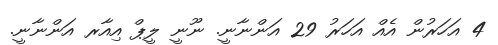
4 އަހަރުން އެއް އަހަރު 29 އަންނާނީ. ނޫނީ ލީޕް އިއާރ އަންނާނީ.